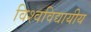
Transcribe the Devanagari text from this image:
विश्वविद्यायीय